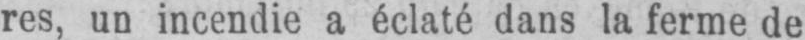
res, un incendie a éclaté dans la ferme de